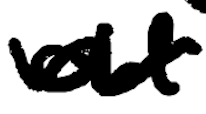
Text: old
Cross-out: wave
Writing tool: digital_black